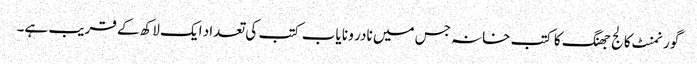
گورنمنٹ کالج جھنگ کا کتب خانہ جس میں نادر و نا یاب کتب کی تعداد ایک لاکھ کے قریب ہے۔